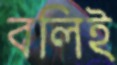
বলিই